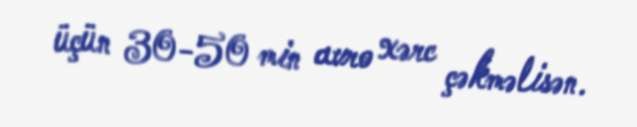
üçün 30-50 min avro xərc çəkməlisən.